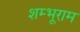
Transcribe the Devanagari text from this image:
शम्भूराम